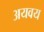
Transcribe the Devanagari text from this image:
अयवय